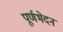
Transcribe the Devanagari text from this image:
पूर्णभेदन